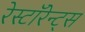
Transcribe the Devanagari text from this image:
रेस्टॉरेन्ट्स